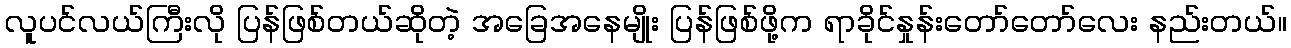
လူပင်လယ်ကြီးလို ပြန်ဖြစ်တယ်ဆိုတဲ့ အခြေအနေမျိုး ပြန်ဖြစ်ဖို့က ရာခိုင်နှုန်းတော်တော်လေး နည်းတယ်။